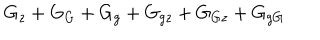
G _ { z } + G _ { G } + G _ { g } + G _ { g z } + G _ { G z } + G _ { g G }